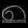
Digit: ၈